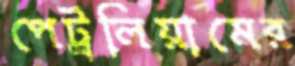
পেট্রলিয়ামের